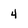
Character: 4